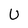
Character: U